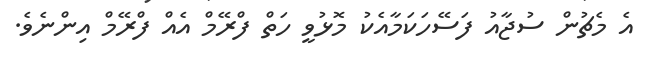
އެ މެޗުން ސުޖާއު ފަސޭހަކަމާއެކު މޮޅުވީ ހަތް ފްރޭމް އެއް ފްރޭމް އިންނެވެ.